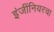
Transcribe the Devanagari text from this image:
इंजींनियरचा